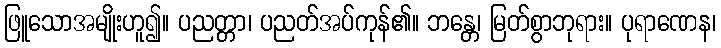
ဖြူသောအမျိုးဟူ၍။ ပညတ္တာ၊ ပညတ်အပ်ကုန်၏။ ဘန္တေ၊ မြတ်စွာဘုရား။ ပုရာဏေန၊